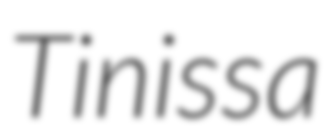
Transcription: Tinissa